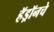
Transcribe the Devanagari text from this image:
हॅड्रॉनचे